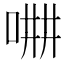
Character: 𠵡